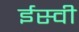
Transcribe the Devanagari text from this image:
र्इस्वी